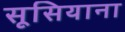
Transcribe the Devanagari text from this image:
सूसियाना